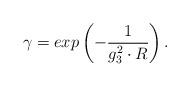
LaTeX: \begin{align*}\gamma = exp \left( - \frac {1}{g_3^2 \cdot R} \right).\end{align*}